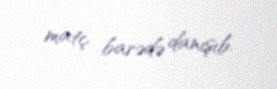
matç barədə danışıb.